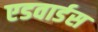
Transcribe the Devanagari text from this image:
एडवार्डस